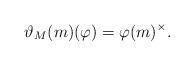
LaTeX: \begin{align*}\vartheta_M(m)(\varphi)=\varphi(m)^\times.\end{align*}